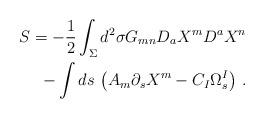
LaTeX: \begin{align*}S=-\frac{1}{2}\int_\Sigma d^2\sigma G_{mn}D_a X^mD^aX^n \\-\int ds\, \left(A_m\partial_sX^m-C_I\Omega^I _s\right) \, .\end{align*}